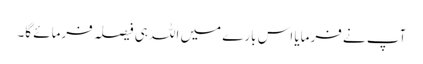
آپ نے فرمایا اس بارے میں اللہ ہی فیصلہ فرمائے گا۔